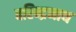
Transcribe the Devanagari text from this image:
बरिन्द्रनाथ